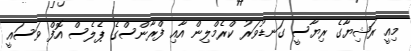
މިއީ ރަޝިޔާގެ ރިޔާސީ ގަނޑުވަރު ކްރެމްލިން އާއި ފްރާންސްގެ ޕެލެސް އޮފް ވަސައީ